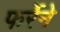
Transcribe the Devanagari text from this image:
फर्रेने